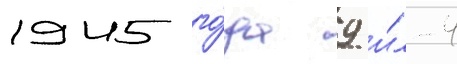
1945 го́да 9 и́л-4